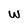
Character: w